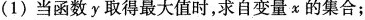
(1)当函数y取得最大值时，求自变量x的集合；